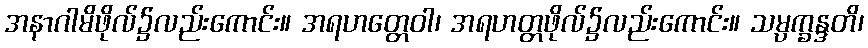
အနာဂါမိဖိုလ်၌လည်းကောင်း။ အရဟတ္တေဝါ၊ အရဟတ္တဖိုလ်၌လည်းကောင်း။ သမ္ပက္ခန္ဒတိ၊